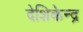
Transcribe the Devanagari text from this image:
देशिकेन्द्र